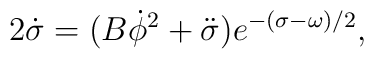
2\dot\sigma=(B\dot\phi^2+\ddot\sigma)e^{-(\sigma-\omega)/2},